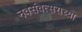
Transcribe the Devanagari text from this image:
नवसंवत्सराच्या